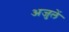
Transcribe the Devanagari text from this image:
अजुलें